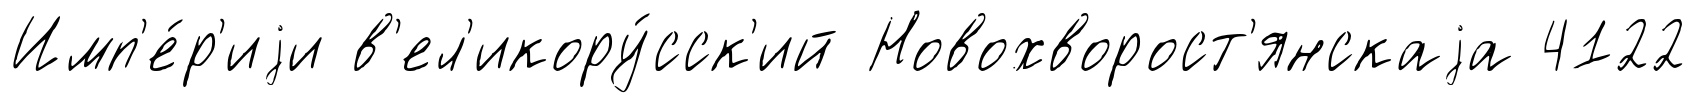
Имп'е́р'иjи в'ел'икору́сск'ий Новохворост'янскаjа 4122